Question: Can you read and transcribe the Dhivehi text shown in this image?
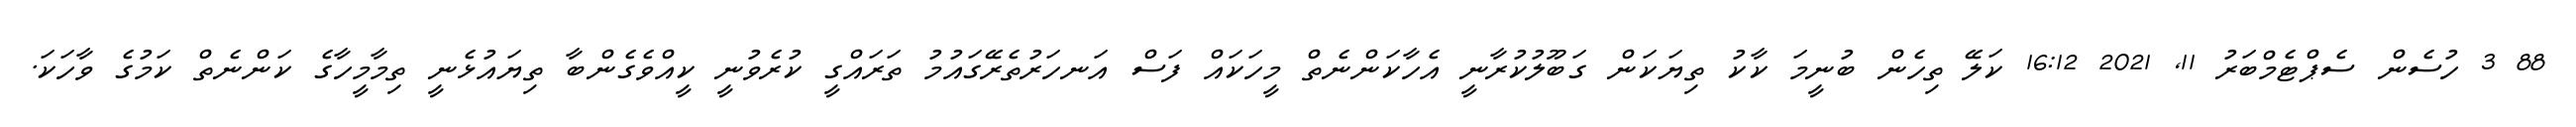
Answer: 88 3 ހުސެން ސެޕްޓެމްބަރު 11, 2021 16:12 ކަލޭ ތިހެން ބުނީމަ ކާކު ތިޔަކަން ގަބޫލުކުރާނީ އެހާކަންނެތް މީހަކައް ފަސް އަނހަރުތެރޭގައުމު ތަރައްގީ ކުރެވުނީ ކީއްވެގެންބާ ތިޔައުޅެނީ ތިމާމީހާގެ ކަންނެތް ކަމުގެ ވާހަކަ.